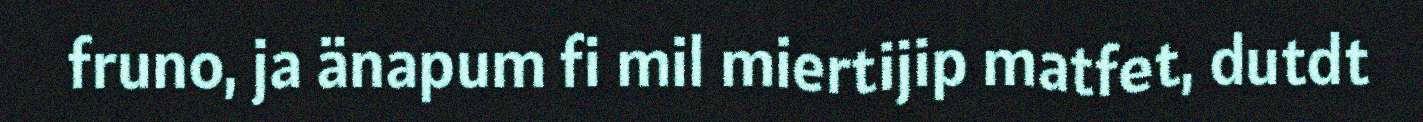
fruno, ja änapum fi mil miertijip matfet, dutdt